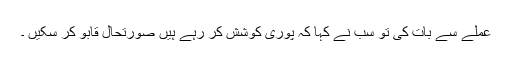
عملے سے بات کی تو سب نے کہا کہ پوری کوشش کر رہے ہیں صورتحال قابو کر سکیں ۔